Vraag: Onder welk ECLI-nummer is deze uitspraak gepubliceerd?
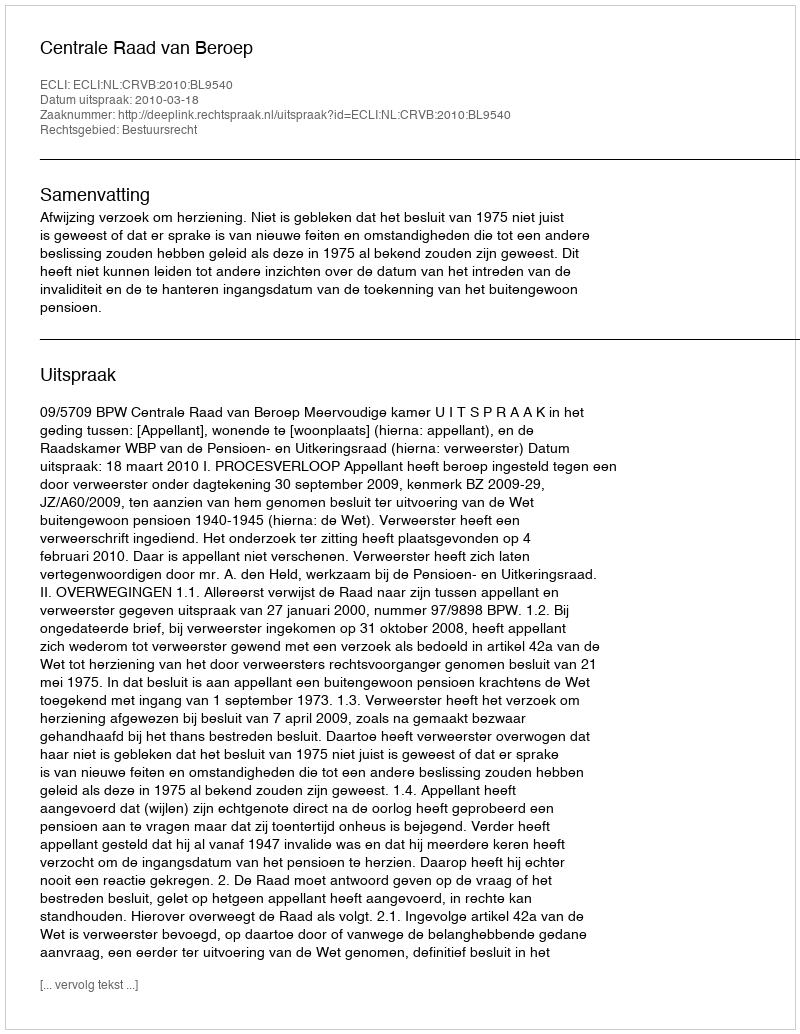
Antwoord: ECLI:NL:CRVB:2010:BL9540